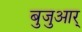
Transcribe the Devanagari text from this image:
बुजुआर्